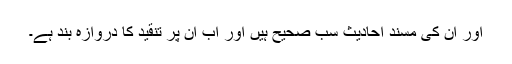
اور ان کی مسند احادیث سب صحیح ہیں اور اب ان پر تنقید کا دروازہ بند ہے۔